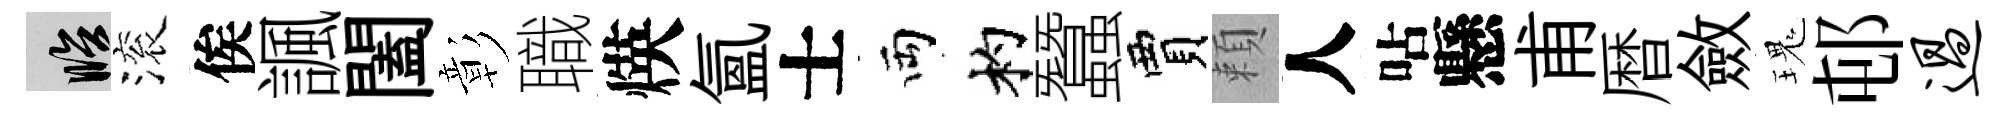
臨滚俟諷闔彰職煐氳士両杓蠶賈頼人呫懸甫暦斂瑰邨过